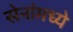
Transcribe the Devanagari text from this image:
सेनांमध्ये